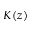
K ( z )